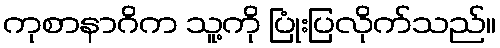
ကုစာနာဂိက သူ့ကို ပြုံးပြလိုက်သည်။